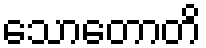
သောတောတိ